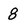
Character: 8